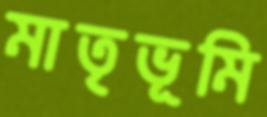
মাতৃভূমি